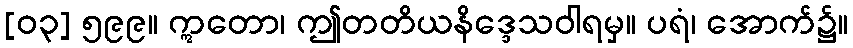
[၀၃] ၅၉၉။ ဣတော၊ ဤတတိယနိဒ္ဒေသဝါရမှ။ ပရံ၊ အောက်၌။